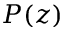
P ( z )